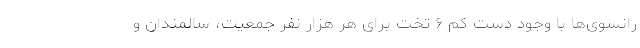
رانسوی‌ها با وجود دست کم ۶ تخت برای هر هزار نفر جمعیت، سالمندان و